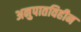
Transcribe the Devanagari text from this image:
अनुपातविहीन